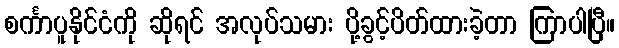
စင်္ကာပူနိုင်ငံကို ဆိုရင် အလုပ်သမား ပို့ခွင့်ပိတ်ထားခဲ့တာ ကြာပါပြီ။